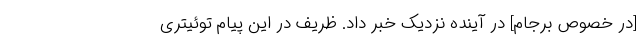
[در خصوص برجام] در آینده نزدیک خبر داد. ظریف در این پیام توئیتری